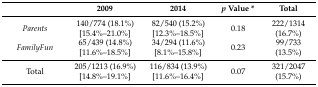
|  | 2009 | 2014 | p Value * | Total |
 | --- | --- | --- | --- | --- |
 | Parents | 140/774 (18.1%) [15.4%–21.0%] | 82/540 (15.2%) [12.3%–18.5%] | 0.18 | 222/1314 (16.7%) |
 | FamilyFun | 65/439 (14.8%) [11.6%–18.5%] | 34/294 (11.6%) [8.1%–15.8%] | 0.23 | 99/733 (13.5%) |
 | Total | 205/1213 (16.9%) [14.8%–19.1%] | 116/834 (13.9%) [11.6%–16.4%] | 0.07 | 321/2047 (15.7%) |